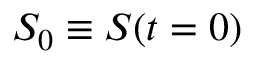
S _ { 0 } \equiv S ( t = 0 )